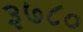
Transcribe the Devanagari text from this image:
३७८०